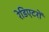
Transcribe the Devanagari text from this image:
रेडिएटरों